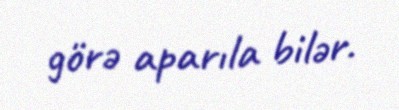
görə aparıla bilər.